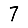
Digit: 7